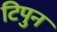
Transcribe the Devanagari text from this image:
टिपुन